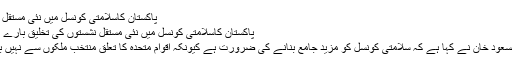
پاکستان کاسلامتی کونسل میں نئی مستقل نشستوں کی تخلیق
پاکستان کاسلامتی کونسل میں نئی مستقل نشستوں کی تخلیق بارے اپنےموقف کااعادہ
پاکستانی مندوب مسعود خان نے کہا ہے کہ سلامتی کونسل کو مزید جامع بنانے کی ضرورت ہے کیونکہ اقوام متحدہ کا تعلق منتخب ملکوں سے نہیں بلکہ سب سے ہے۔